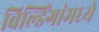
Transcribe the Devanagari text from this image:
बिल्डिंगांमध्ये